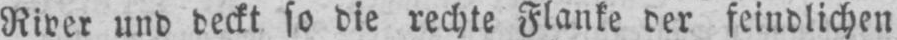
River und deckt so die rechte Flanke der feindlichen